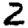
Digit: 2